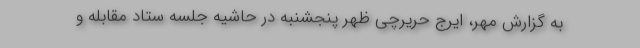
به گزارش مهر، ایرج حریرچی ظهر پنجشنبه در حاشیه جلسه ستاد مقابله و